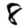
Digit: 8